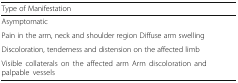
<table><thead><tr><td><b>Type of Manifestation</b></td><td></td></tr></thead><tbody><tr><td>Asymptomatic</td><td></td></tr><tr><td>Pain in the arm, neck and shoulder region Diffuse arm swelling</td><td></td></tr><tr><td>Discoloration, tenderness and distension on the affected limb</td><td></td></tr><tr><td>Visible collaterals on the affected arm Arm discoloration and palpable vessels</td><td></td></tr></tbody></table>